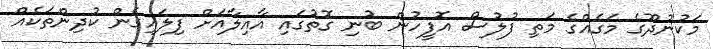
މަކުނުދޫގެ މަގެއްގެ މަތި ފުލުސް އޮފީހުން ބުނި ގޮތުގައި އާއިލާއަށް ފިލައިގެން ކުދިންތަކެއް